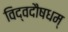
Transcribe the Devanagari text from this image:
विद्वदौषधम्